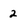
Character: 2